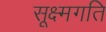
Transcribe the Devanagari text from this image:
सूक्ष्‍मगति